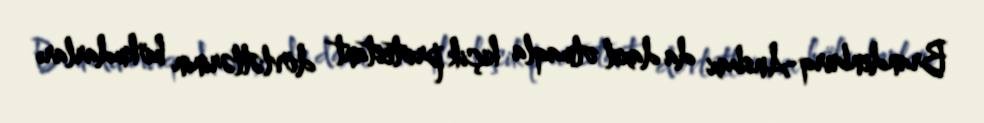
Brandenburq-Ansbax da daxil olmaqla kiçik protestant dövlətlərinin hökmdarları